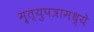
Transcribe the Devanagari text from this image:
मृ्त्युपत्रामध्ये